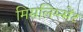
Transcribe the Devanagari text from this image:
मिसलिग्न्मेंट